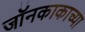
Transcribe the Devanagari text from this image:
जॉनकाकाच्या